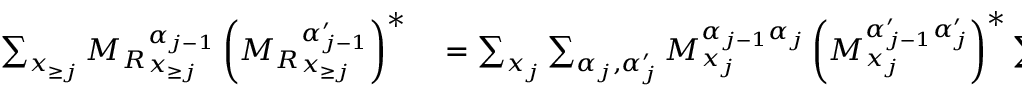
\begin{array} { r l } { \sum _ { \boldsymbol { x } _ { \ge j } } { M _ { R } } _ { \boldsymbol x _ { \ge j } } ^ { \alpha _ { j - 1 } } \left( { M _ { R } } _ { \boldsymbol x _ { \ge j } } ^ { \alpha _ { j - 1 } ^ { \prime } } \right) ^ { * } } & { { } = \sum _ { x _ { j } } \sum _ { \alpha _ { j } , \alpha _ { j } ^ { \prime } } M _ { x _ { j } } ^ { \alpha _ { j - 1 } \alpha _ { j } } \left( M _ { x _ { j } } ^ { \alpha _ { j - 1 } ^ { \prime } \alpha _ { j } ^ { \prime } } \right) ^ { * } \sum _ { \boldsymbol { x } _ { \ge j + 1 } } { M _ { R } } _ { \boldsymbol { x } _ { \ge j + 1 } } ^ { \alpha _ { j } } \left( { M _ { R } } _ { \boldsymbol { x } _ { \ge j + 1 } } ^ { \alpha _ { j } ^ { \prime } } \right) ^ { * } } \end{array}